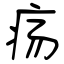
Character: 疡